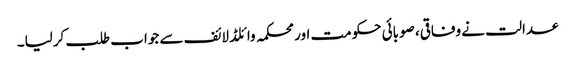
عدالت نے وفاقی، صوبائی حکومت اور محکمہ وائلڈ لائف سے جواب طلب کرلیا۔